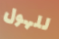
للهول